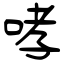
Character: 哮